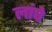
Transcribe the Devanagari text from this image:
लांघे